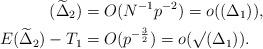
LaTeX: \begin{align*} (\widetilde{\Delta}_{2})&=O(N^{-1} p^{-2})=o((\Delta_{1})),\\ E(\widetilde{\Delta}_{2})-T_{1}&=O(p^{-\frac{3}{2}})=o(\surd{(\Delta_{1})}).\end{align*}